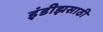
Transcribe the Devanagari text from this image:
इंडीझसाठी